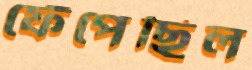
ফেঁপেছিল